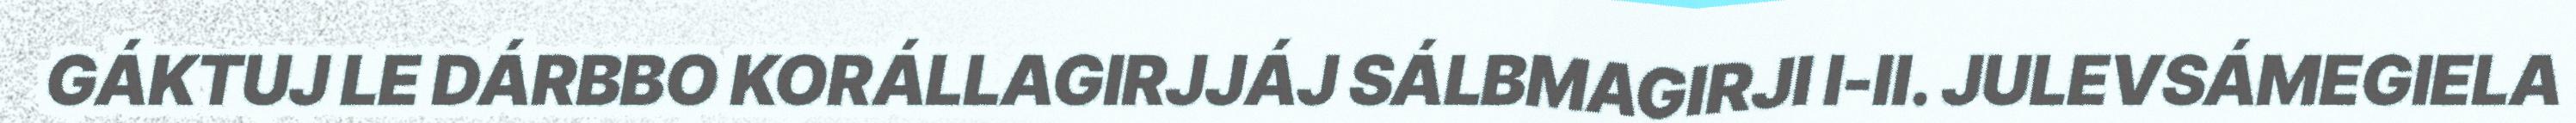
GÁKTUJ LE DÁRBBO KORÁLLAGIRJJÁJ SÁLBMAGIRJI I-II. JULEVSÁMEGIELA